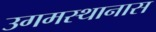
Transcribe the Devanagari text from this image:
उगमस्थानास